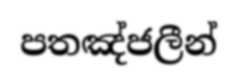
පතඤ්ජලීන්